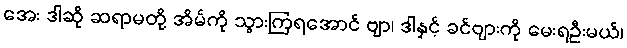
အေး ဒါဆို ဆရာမတို့ အိမ်ကို သွားကြရအောင် ဗျာ၊ ဒါနှင့် ခင်ဗျားကို မေးရဦးမယ်၊